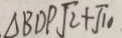
\Delta B D P \sqrt { 2 } + \sqrt { 1 0 }